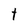
Character: t